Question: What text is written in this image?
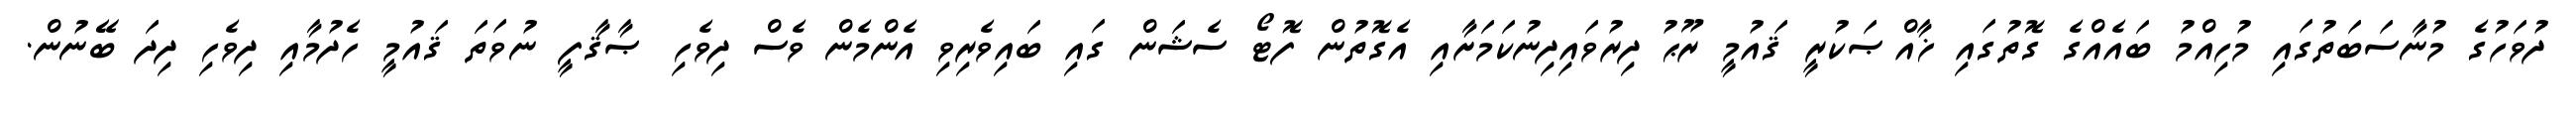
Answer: ދުވަހުގެ މުނާސަބަތުގައި މުހިއްމު ބައެއްގެ ގޮތުގައި ޚާއްޞަކުރީ ޤައުމީ ރޫޙު ދިރުވައިދިނުކަމަށާއި އެގޮތުން ފޮޓޯ ސެޝަން ގައި ބައިވެރިވި އެންމެން ވެސް ދިވެހި ޞާޤާފީ ނުވަތަ ޤައުމީ ހެދުމާއި ދިވެހި ދިދަ ބޭނުން.